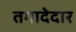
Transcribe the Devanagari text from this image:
तगादेदार